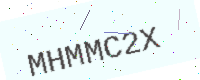
Text: MHMMC2X